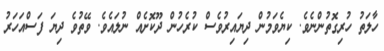
ހާލަތު ހުރިގޮތުންނެވެ. ކިޔެވަމުން ދިޔައިރުވެސް ކުރެހުން ދޫކޮށެއް ނުލައެވެ. ވޭތުވެ ދިޔަ ފަސްއަހަރު